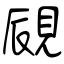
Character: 覛